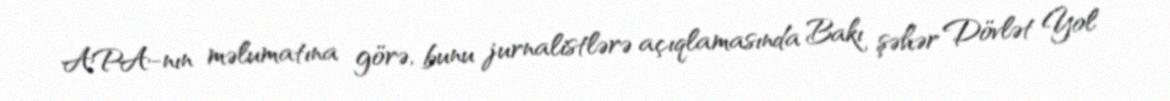
APA-nın məlumatına görə, bunu jurnalistlərə açıqlamasında Bakı şəhər Dövlət Yol